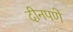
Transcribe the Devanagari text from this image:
दीनपणे